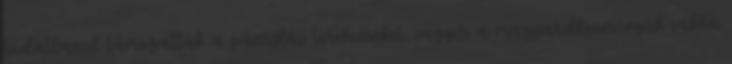
tudatlanul támogatták a pánszláv törekvéseket, vagyis a magyarellenességük vakká